Problem: 16 - 4 = ?
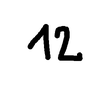
Handwritten answer: 12